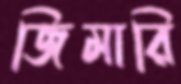
জিমারি